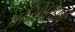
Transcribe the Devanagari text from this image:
अस्थिरधर्म